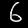
Label: 6